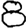
Digit: 8